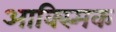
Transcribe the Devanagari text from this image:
आक्स्मिक